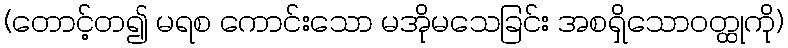
(တောင့်တ၍ မရစ ကောင်းသော မအိုမသေခြင်း အစရှိသောဝတ္ထုကို)